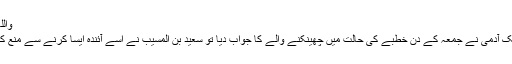
واللہ اعلم
6- ایک آدمی نے جمعہ کے دن خطبے کی حالت میں چھینکنے والے کا جواب دیا تو سعید بن المسیب نے اسے آئندہ ایسا کرنے سے منع کر دیا۔